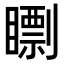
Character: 𥋠